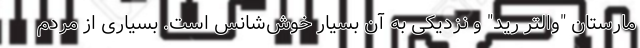
مارستان "والتر رید" و نزدیکی به آن بسیار خوش‌شانس است. بسیاری از مردم